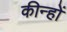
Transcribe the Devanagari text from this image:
कीन्हों